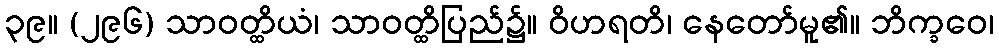
၃၉။ (၂၉၆) သာဝတ္ထိယံ၊ သာဝတ္ထိပြည်၌။ ဝိဟရတိ၊ နေတော်မူ၏။ ဘိက္ခဝေ၊